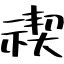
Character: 禊